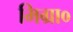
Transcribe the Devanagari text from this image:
मिग्रा०